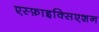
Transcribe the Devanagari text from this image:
एस्फ़ाइक्सिएशन